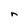
Character: n